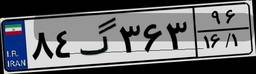
۸۴گ۳۶۳۹۶